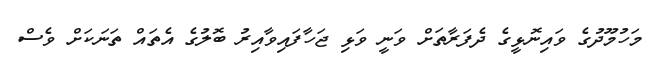
މަހުމޫދުގެ ވައިނޮޅީގެ ދެފަރާތަށް ވަނީ ވަޅި ޖަހާފައިވާއިރު ބޮލުގެ އެތައް ތަނަކަށް ވެސް